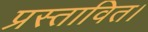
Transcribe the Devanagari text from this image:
प्रस्तावित।